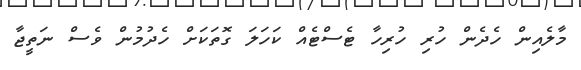
މާލެއިން ހެދެން ހުރި ހުރިހާ ޓެސްޓެއް ކަހަލަ ގޮތަކަށް ހެދުމުން ވެސް ނަތީޖާ